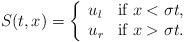
\begin{align*}S(t,x)=\left\{ \begin{array}{ll} u_l & \mbox{if $ x < \sigma t$},\\ u_r & \mbox{if $ x> \sigma t$}.\end{array} \right.\end{align*}